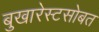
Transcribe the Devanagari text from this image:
बुखारेस्टसोबत